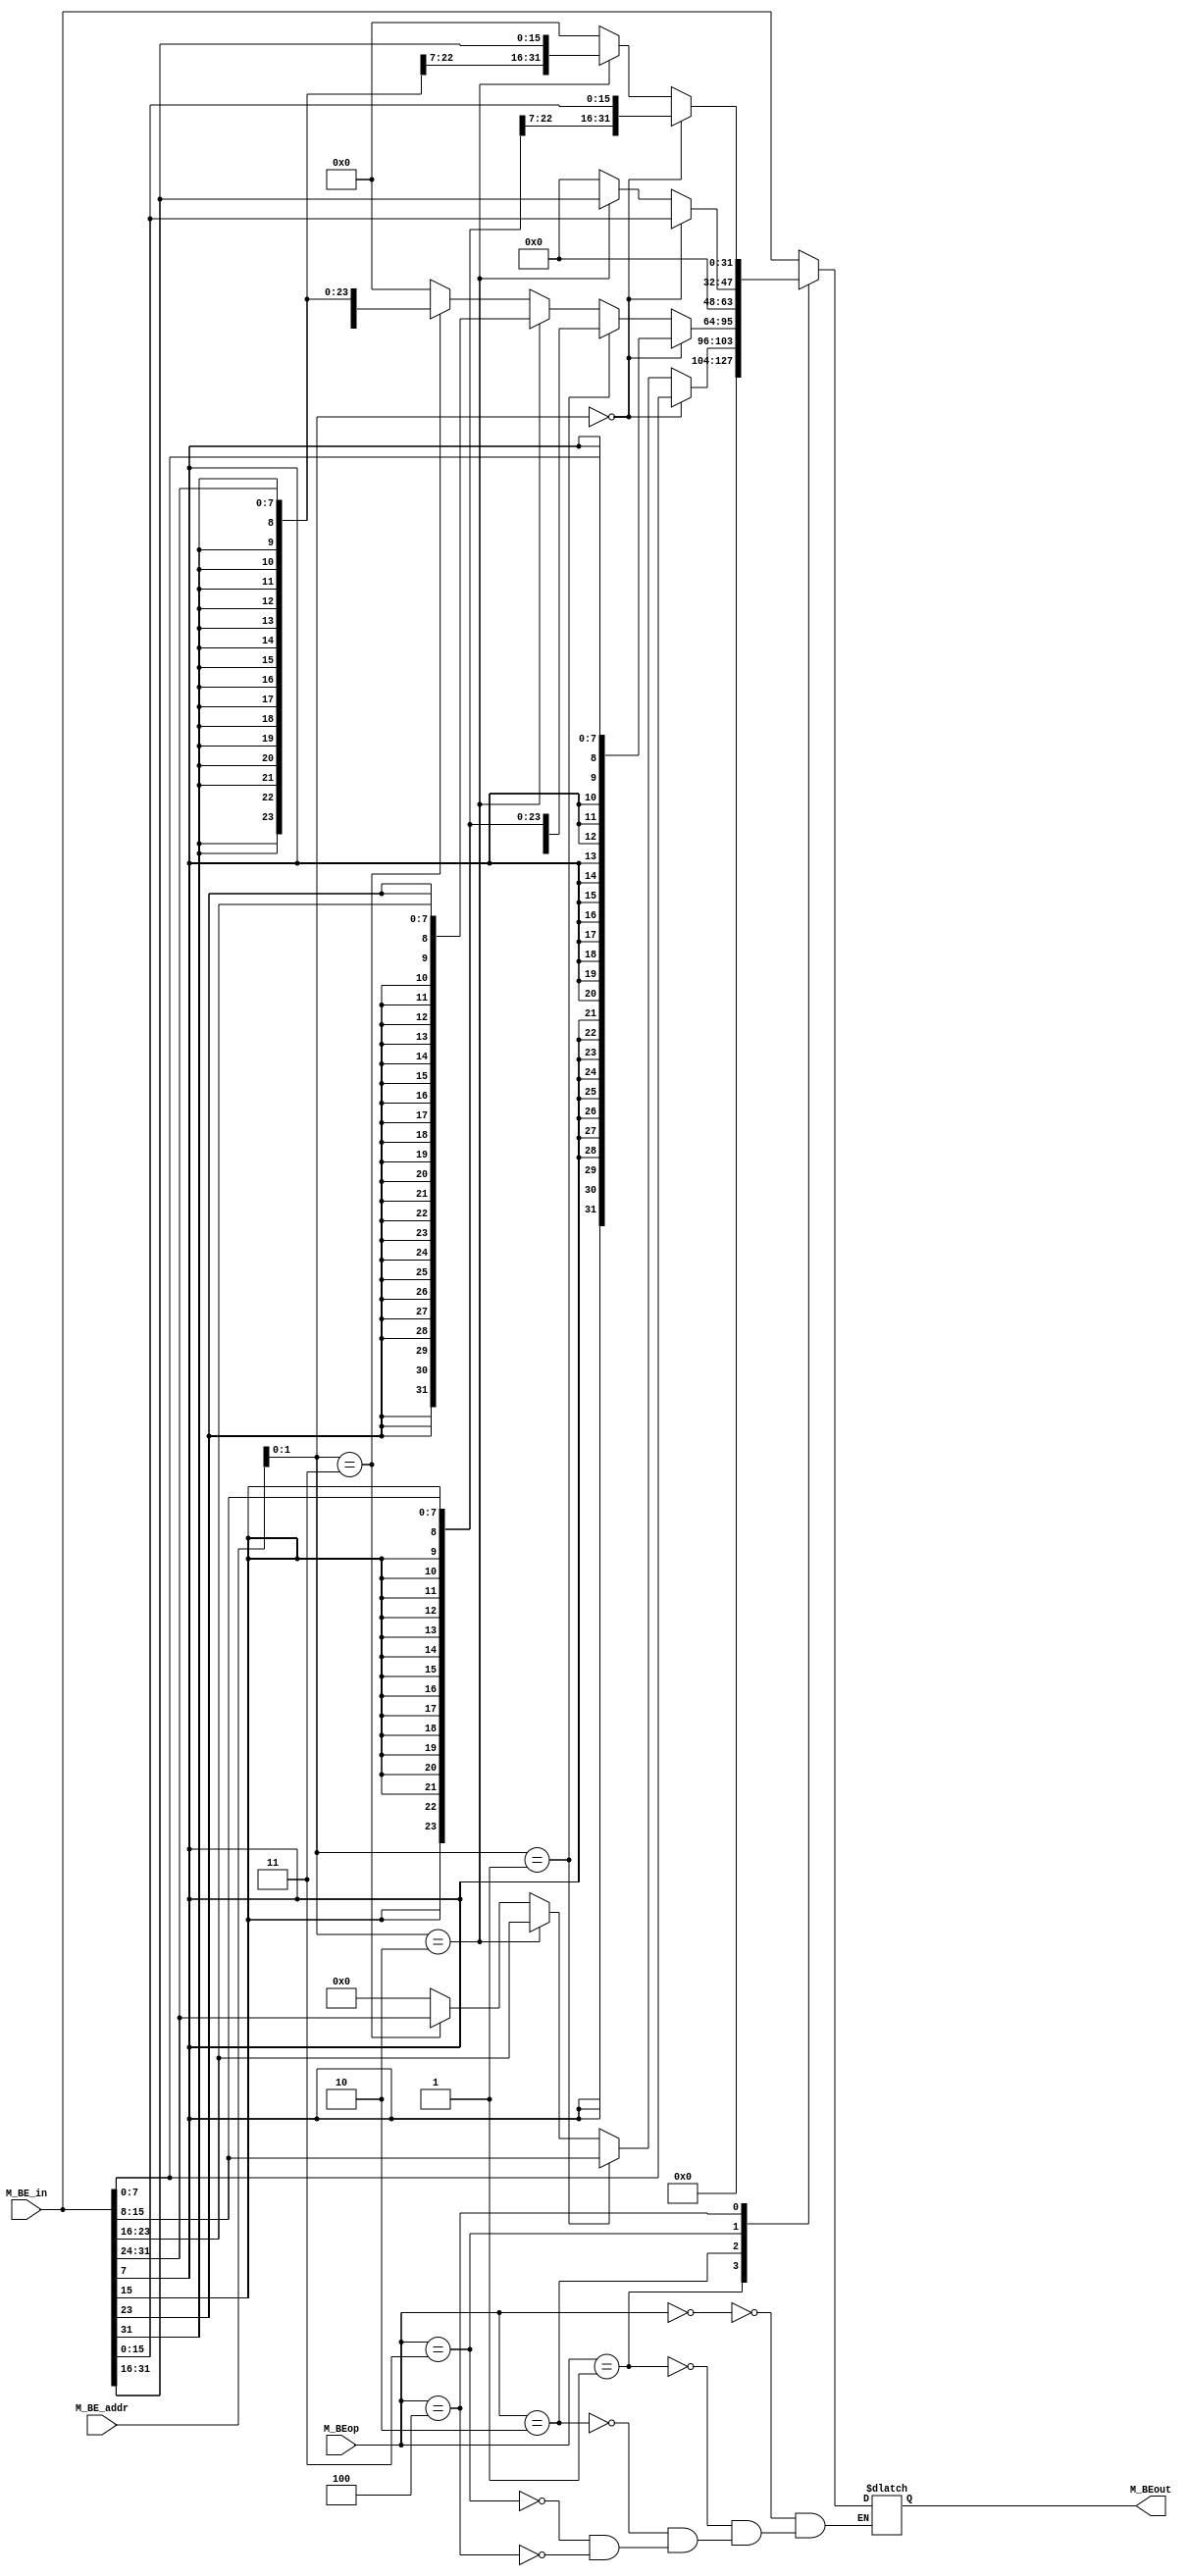
`timescale 1ns / 1ps
//////////////////////////////////////////////////////////////////////////////////
// Company: 
// Engineer: 
// 
// Design Name: 
// Module Name:    BE 
// Project Name: 
// Target Devices: 
// Tool versions: 
// Description: 
//
// Dependencies: 
//
// Revision: 
// Revision 0.01 - File Created
// Additional Comments: 
//
//////////////////////////////////////////////////////////////////////////////////
module BE(
    input [31:0] M_BE_addr,
    input [31:0] M_BE_in,
    input [2:0] M_BEop,
    output reg [31:0] M_BEout
    );
	 
	 // 000001010011100
	 always @(*) begin
	     case(M_BEop)
		  
		      3'b000: begin
				            M_BEout = M_BE_in;
						  end
				3'b001: begin
				            M_BEout = (M_BE_addr[1:0] == 2'b00) ? {24'd0, M_BE_in[7:0]} :
								          (M_BE_addr[1:0] == 2'b01) ? {24'd0, M_BE_in[15:8]} :
											 (M_BE_addr[1:0] == 2'b10) ? {24'd0, M_BE_in[23:16]} :
											 (M_BE_addr[1:0] == 2'b11) ? {24'd0, M_BE_in[31:24]} :
											                             32'd0;
						  end
				3'b010: begin
				            M_BEout = (M_BE_addr[1:0] == 2'b00) ? {{24{M_BE_in[7]}}, M_BE_in[7:0]} :
								          (M_BE_addr[1:0] == 2'b01) ? {{24{M_BE_in[15]}}, M_BE_in[15:8]} :
											 (M_BE_addr[1:0] == 2'b10) ? {{24{M_BE_in[23]}}, M_BE_in[23:16]} :
											 (M_BE_addr[1:0] == 2'b11) ? {{24{M_BE_in[31]}}, M_BE_in[31:24]} :
											                             32'd0;
				        end
				3'b011: begin
				            M_BEout = (M_BE_addr[1:0] == 2'b00) ? {16'd0, M_BE_in[15:0]} :
								          (M_BE_addr[1:0] == 2'b10) ? {16'd0, M_BE_in[31:16]} :
											                             32'd0;
				        end
				3'b100: begin
				            M_BEout = (M_BE_addr[1:0] == 2'b00) ? {{16{M_BE_in[15]}}, M_BE_in[15:0]} :
								          (M_BE_addr[1:0] == 2'b10) ? {{16{M_BE_in[31]}}, M_BE_in[31:16]} :
											                             32'd0;
		              end
		  endcase
	 end

endmodule